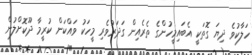
ހަލާކުވެ ދިޔަ ގޮތަކީ އެބައިމީހުންގެ ތެރެއިން ގަދަރުވެރި މީހަކު ވައްކަން ކުރީމާ ދޫކޮށްލުން